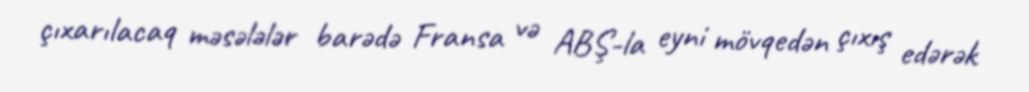
çıxarılacaq məsələlər barədə Fransa və ABŞ-la eyni mövqedən çıxış edərək